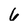
Character: 6